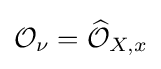
{\mathcal {O}}_{\nu }={\widehat {\mathcal {O}}}_{X,x}